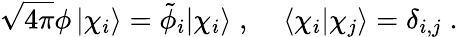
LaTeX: \sqrt{4\pi}\phi\, |\chi_{i}\rangle=\tilde{\phi}_{i}|\chi_{i}\rangle\; ,\; \; \; \; \langle\chi_{i}|\chi_{j}\rangle=\delta_{i,j}\; .